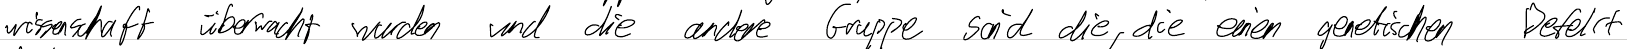
wissenschaft überwacht wurden und die andere Gruppe sind die, die einen genetischen Defekt